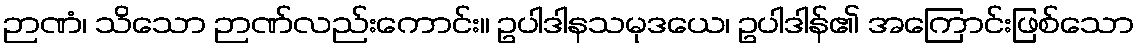
ဉာဏံ၊ သိသော ဉာဏ်လည်းကောင်း။ ဥပါဒါနသမုဒယေ၊ ဥပါဒါန်၏ အကြောင်းဖြစ်သော